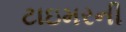
ટાઇમરની